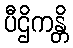
ပီဌိကန္တိ